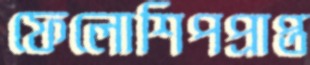
ফেলোশিপপ্রাপ্ত